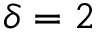
\delta = 2